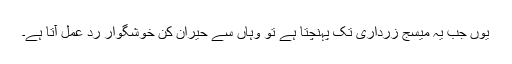
یوں جب یہ میسج زرداری تک پہنچتا ہے تو وہاں سے حیران کن خوشگوار رد عمل آتا ہے۔